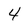
Character: 4